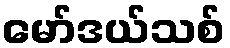
မော်ဒယ်သစ်